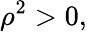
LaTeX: \rho^{2}>0,